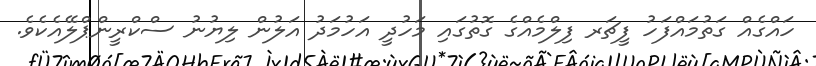
ހައްގެއް ގަތުމައްފަހު ފީޗަރ ފިލްމެއްގެ ގޮތުގައި މަހުދީ އަހުމަދު އަލުން ލިޔުނު ސްކްރީންޕްލޭއެކެވެ.